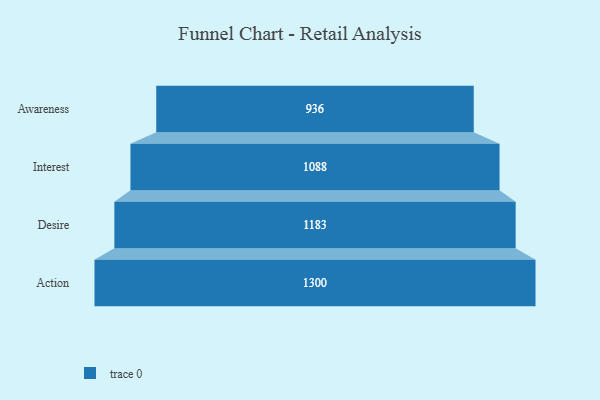
{"axis": {"x": "Stage", "y": "Value"}, "legend": [""], "data": [{"x": "Awareness", "y": 936.0, "type": ""}, {"x": "Interest", "y": 1088.0, "type": ""}, {"x": "Desire", "y": 1183.0, "type": ""}, {"x": "Action", "y": 1300.0, "type": ""}]}